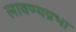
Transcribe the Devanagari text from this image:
लावण्यप्रभा